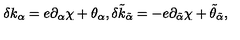
\delta k _ { \alpha } = e \partial _ { \alpha } \chi + \theta _ { \alpha } , \delta \tilde { k } _ { \tilde { \alpha } } = - e \partial _ { \tilde { \alpha } } \chi + \tilde { \theta } _ { \tilde { \alpha } } ,